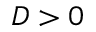
D > 0